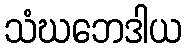
သံဃဘေဒါယ